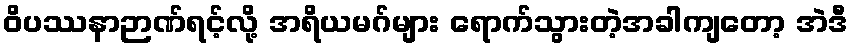
ဝိပဿနာဉာဏ်ရင့်လို့ အရိယမဂ်များ ရောက်သွားတဲ့အခါကျတော့ အဲဒီ